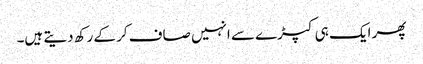
پھر ایک ہی کپڑے سے انہیں صاف کر کے رکھ دیتے ہیں۔